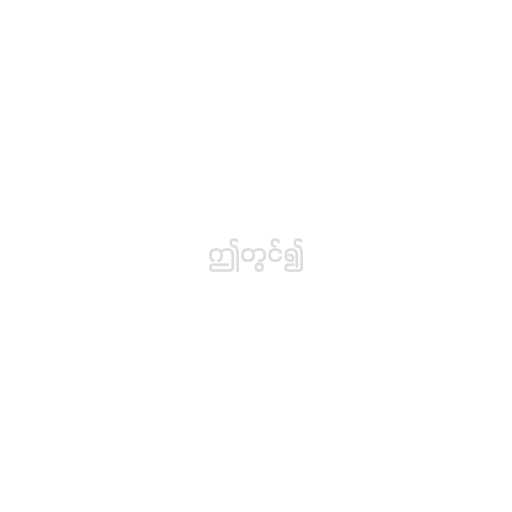
ဤတွင်၍